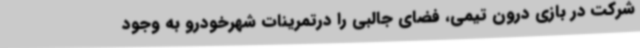
شرکت در بازی‌ درون تیمی، فضای جالبی را درتمرینات شهرخودرو به وجود